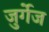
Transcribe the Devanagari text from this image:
जुर्गेज